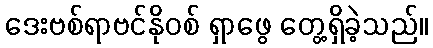
ဒေးဗစ်ရာဗင်နိုဝစ် ရှာဖွေ တွေ့ရှိခဲ့သည်။